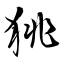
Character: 狣